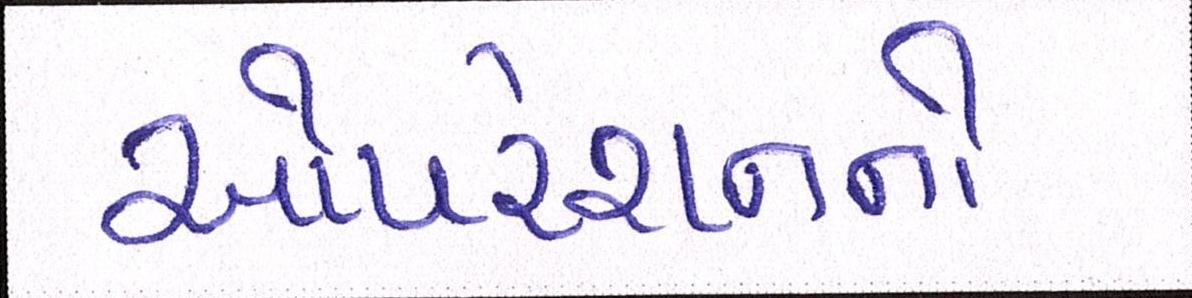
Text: ઓપરેશનનો